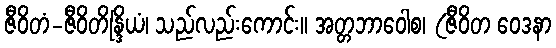
ဇီဝိတံ-ဇီဝိတိန္ဒြိယံ၊ သည်လည်းကောင်း။ အတ္တဘာဝေါစ၊ (ဇီဝိတ ဝေဒနာ